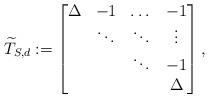
LaTeX: \begin{align*} \widetilde T_{S,d} := \begin{bmatrix} \Delta & -1 & \dots & -1 \\ & \ddots & \ddots & \vdots \\ & & \ddots & -1 \\ & & & \Delta \end{bmatrix}, \end{align*}